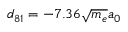
d _ { 8 1 } = - 7 . 3 6 \sqrt { m _ { e } } a _ { 0 }